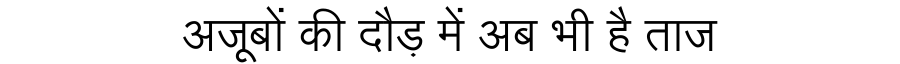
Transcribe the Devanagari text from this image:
अजूबों की दौड़ में अब भी है ताज